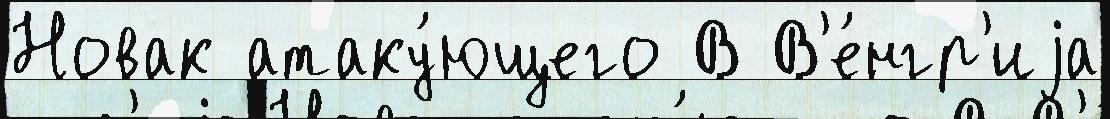
Новак атаку́ющего В В'е́нгр'иjа